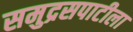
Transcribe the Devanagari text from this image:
समुद्रसपाटीला